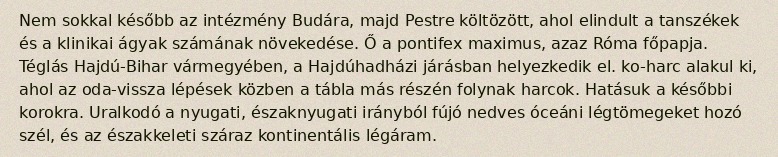
Nem sokkal később az intézmény Budára, majd Pestre költözött, ahol elindult a tanszékek és a klinikai ágyak számának növekedése. Ő a pontifex maximus, azaz Róma főpapja. Téglás Hajdú-Bihar vármegyében, a Hajdúhadházi járásban helyezkedik el. ko-harc alakul ki, ahol az oda-vissza lépések közben a tábla más részén folynak harcok. Hatásuk a későbbi korokra. Uralkodó a nyugati, északnyugati irányból fújó nedves óceáni légtömegeket hozó szél, és az északkeleti száraz kontinentális légáram.